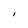
Character: I